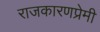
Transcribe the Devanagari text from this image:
राजकारणप्रेमी